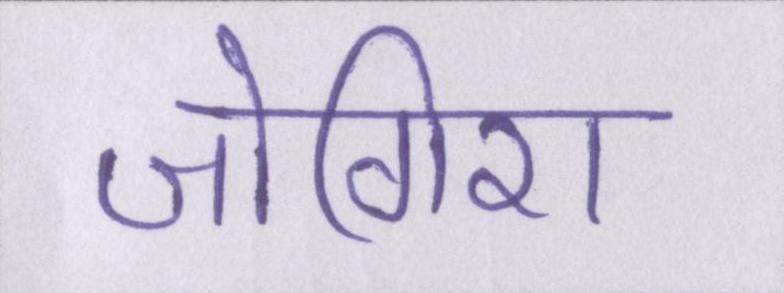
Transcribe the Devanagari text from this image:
जोगिरा